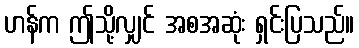
ဟန်က ဤသို့လျှင် အစအဆုံး ရှင်းပြသည်။